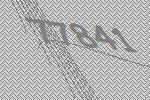
77841